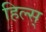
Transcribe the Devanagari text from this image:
हिल्स्